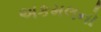
અકમલનો